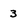
Character: 3